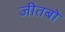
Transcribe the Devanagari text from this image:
जीतबो